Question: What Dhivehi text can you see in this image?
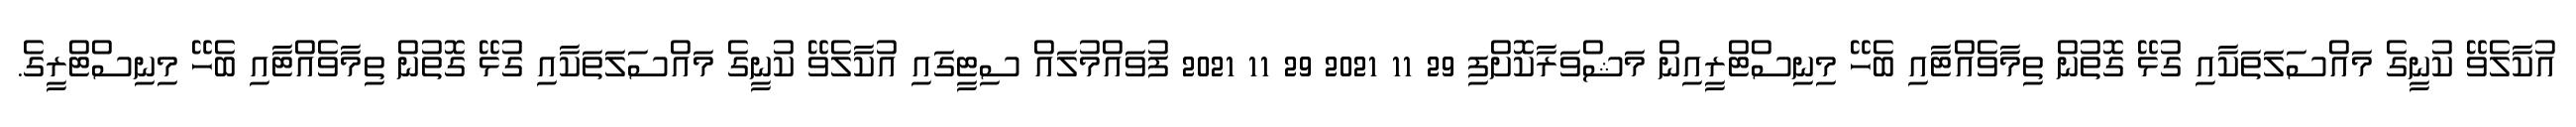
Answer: އުކާލެވޭ ކުނީގެ މައްސަލަތަކާއި ގުޅޭ ގޮތުން ތިމާވެއްޓާއި ބެހޭ މިނިސްޓްރީއިން މަޝްވަރާކޮށްފި 29 11 2021 29 11 2021 ފުވައްމުލައް ސިޓީގައި އުކާލެވޭ ކުނީގެ މައްސަލަތަކާއި ގުޅޭ ގޮތުން ތިމާވެއްޓާއި ބެހޭ މިނިސްޓްރީގެ.